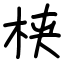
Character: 𬂩